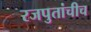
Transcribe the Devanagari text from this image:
रजपुतांचीच